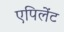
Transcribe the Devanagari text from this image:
एपिलेंट